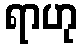
ရာဟု